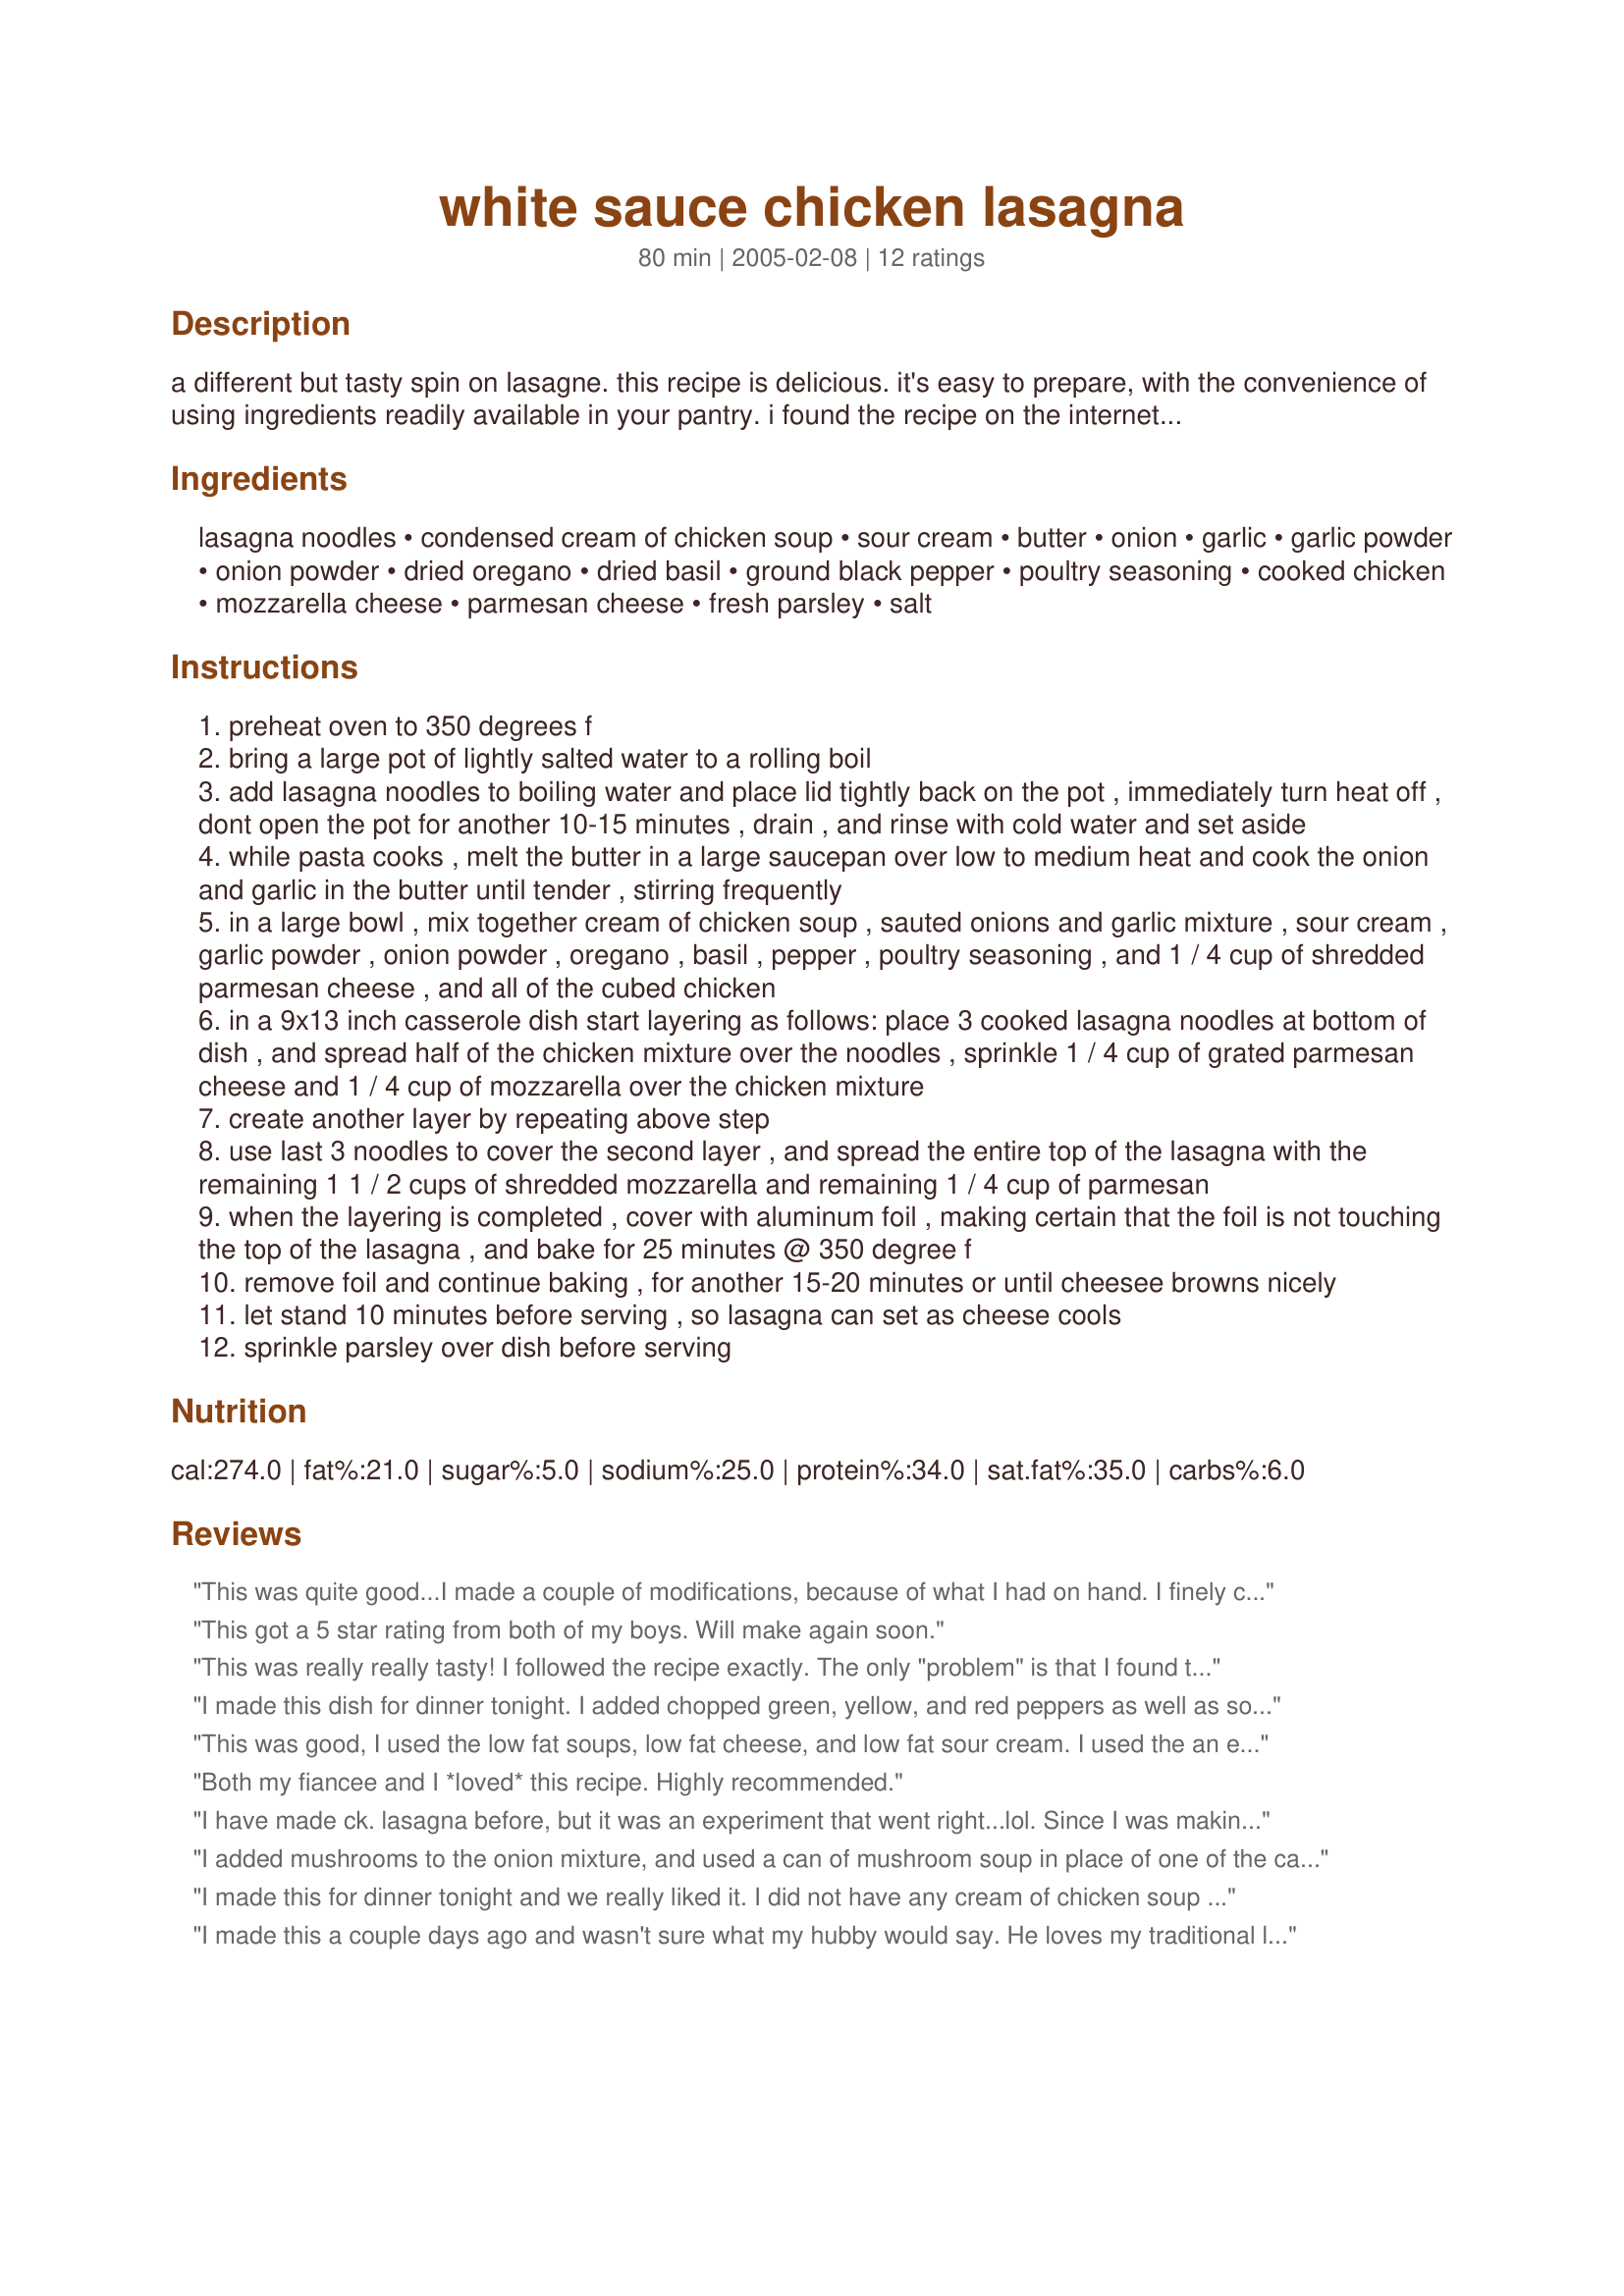
white sauce chicken lasagna
Preparation time: 80 minutes

a different but tasty spin on lasagne. this recipe is delicious. it's easy to prepare, with the convenience of using ingredients readily available in your pantry. i found the recipe on the internet originally, and have made several changes to suit our tastes. hope you enjoy it.

Ingredients:
lasagna noodles, condensed cream of chicken soup, sour cream, butter, onion, garlic, garlic powder, onion powder, dried oregano, dried basil, ground black pepper, poultry seasoning, cooked chicken, mozzarella cheese, parmesan cheese, fresh parsley, salt

Steps:
preheat oven to 350 degrees f
bring a large pot of lightly salted water to a rolling boil
add lasagna noodles to boiling water and place lid tightly back on the pot , immediately turn heat off , dont open the pot for another 10-15 minutes , drain , and rinse with cold water and set aside
while pasta cooks , melt the butter in a large saucepan over low to medium heat and cook the onion and garlic in the butter until tender , stirring frequently
in a large bowl , mix together cream of chicken soup , sauted onions and garlic mixture , sour cream , garlic powder , onion powder , oregano , basil , pepper , poultry seasoning , and 1 / 4 cup of shredded parmesan cheese , and all of the cubed chicken
in a 9x13 inch casserole dish start layering as follows: place 3 cooked lasagna noodles at bottom of dish , and spread half of the chicken mixture over the noodles , sprinkle 1 / 4 cup of grated parmesan cheese and 1 / 4 cup of mozzarella over the chicken mixture
create another layer by repeating above step
use last 3 noodles to cover the second layer , and spread the entire top of the lasagna with the remaining 1 1 / 2 cups of shredded mozzarella and remaining 1 / 4 cup of parmesan
when the layering is completed , cover with aluminum foil , making certain that the foil is not touching the top of the lasagna , and bake for 25 minutes @ 350 degree f
remove foil and continue baking , for another 15-20 minutes or until cheesee browns nicely
let stand 10 minutes before serving , so lasagna can set as cheese cools
sprinkle parsley over dish before serving

Reviews:
This was quite good...I made a couple of modifications, because of what I had on hand. I finely chopped half of a purple onion and sauteed in a pan coated in non-stick spray; I prepared a package of Knorr Alfredo sauce and paired that with one can of cream of chicken soup. Also, I used about 3 cups of cooked chicken (will shred the next time) and no-boil noodles. The sour cream and the mozzarella cheese were of the reduced-fat variety. I coated the bottom of my 9X13 casserole dishe with sauce, then began the layering process. In the end, I only used 6 lasagna noodles. It was great! My picky kids looked at it at first like it was gross, but after one bite, they both said it was good. Served with Garlic Cheese Rolls for Bread Machine.
This got a 5 star rating from both of my boys. Will make again soon.
This was really really tasty! I followed the recipe exactly. The only "problem" is that I found that at 12 servings, they are tiny. I think 8 servings is a better proportion.
I made this dish for dinner tonight. I added chopped green, yellow, and red peppers as well as some sauteed mushrooms. The added veggies made it a one dish meal instead of preparing a vegetable to go along with dinner.
This was good, I used the low fat soups, low fat cheese, and low fat sour cream. I used the an extra clove of garlic. I used Perdue's carved oven roasted chicken and cut it up in tiny bites. Also, I used the cheater lasagna noodles that were oven ready but I don't think I will use those noodles next time b/c they didn't cook all the way. I may even try it baked with linguine noodles like a tetrazini...But all in all the dish had great flavor!!! thanks for sharing!
Both my fiancee and I *loved* this recipe. Highly recommended.
I have made ck. lasagna before, but it was an experiment that went right...lol. Since I was making this for my job I figured I would have a better plan. Like others I made a few adjustments; I always have extra Baked Chicken so I used that, I also used a can of chicken (perferr baked chicken); I also added sliced squash, zucchini, red onion and Alfredo. Needless to say, I had to give credit where credit was due, you go girl=)
I added mushrooms to the onion mixture, and used a can of mushroom soup in place of one of the cans of chicken soup. Very tasty, though I see why you let it sit overnight - 20 minutes was not enough to make it cut well.
I made this for dinner tonight and we really liked it. I did not have any cream of chicken soup so I used cream of mushroom and added sauteed mushrooms to the mixture. I followed the rest of the ingredients exactly. I also used chicken leg quarters that I had boiled with onion, salt, pepper, and garlic.
I made this a couple days ago and wasn't sure what my hubby would say. He loves my traditional lasagna, so anything new is a stretch for him! I cut the recipe in half and threw in a palm full of Italian seasoning instead of each individual herb and used 2 cloves of garlic. I also had the whole thing assembled when I realized I forgot the sour cream! My hubby was OK with that, but I think I'll sneak it in next time just for a little more tang. It got 2 thumbs up, so this is a keeper for us! Plus it was simple to make.
Tasty and easy to make! I added sliced mushrooms, canned artichoke hearts and pine nuts for extra flair.
Delicious. I used 1 can of 98% ff cream of mushroom soup, and one can of the cream of chicken. I also used non-fat mozzarella and didn't use much parmesan at all, just to cut some cals. Also used non-fat sour cream. I used ground all-white chicken meat. Everything worked out wonderfully and was very tasty. Thanks!
